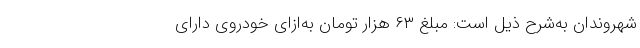
شهروندان به‌شرح ذیل است: مبلغ ۶۳ هزار تومان به‌ازای خودروی دارای